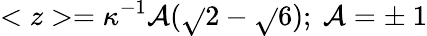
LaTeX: <z>=\kappa^{-1}\mathcal{A}(\sqrt{}{{2}}-\sqrt{}{{6}});~\mathcal{A}=\pm~1